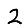
Digit: 2